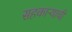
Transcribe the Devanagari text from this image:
सहकाऱ्याची